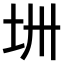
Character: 𫭜